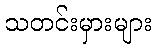
သတင်းမှားများ